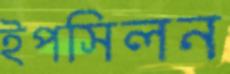
ইপসিলন